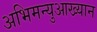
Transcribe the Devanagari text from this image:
अभिमन्युआख्यान